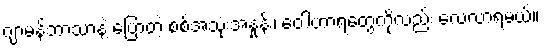
ဂျာမန်ဘာသာနဲ့ ပြောတဲ့ စစ်အသုံးအနှုန်း၊ ဝေါဟာရတွေကိုလည်း လေ့လာရမယ်။